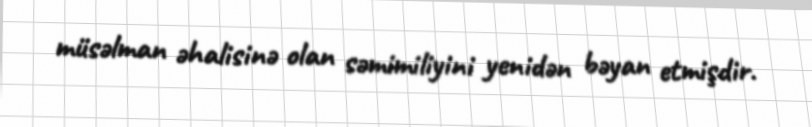
müsəlman əhalisinə olan səmimiliyini yenidən bəyan etmişdir.